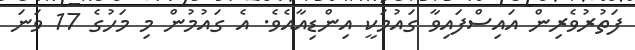
ފަތުރުވެރިން އައިސްފައިވާ ގައުމަކީ އިންޑިއާއެވެ. އެ ގައުމުން މި މަހުގެ 17 ވަނަ